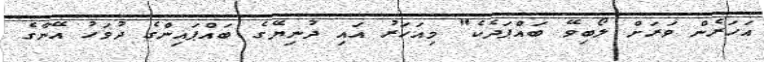
އަހަރެން ވަރަށް ލޯބިވޭ ބައްޕަދެކެ" މިއަހަރު އައި ދުނިޔޭގެ ބައްޕައިންގެ ދުވަހު އޭނާގެ